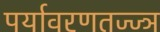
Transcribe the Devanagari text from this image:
पर्यावरणतज्ज्ञ